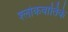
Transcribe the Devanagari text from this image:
श्लोकवार्तिके